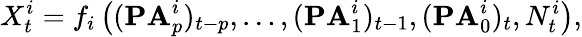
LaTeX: X_{t}^{i}=f_{i}\left((\mathbf{PA}_{p}^{i})_{t-p},\ldots,(\mathbf{PA}_{1}^{i})_{t-1},(\mathbf{PA}_{0}^{i})_{t},N_{t}^{i}\right),